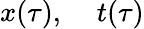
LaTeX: x(\tau),\; \; \; \; t(\tau)